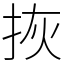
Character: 拻